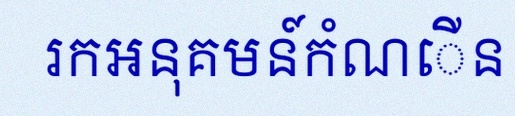
រកអនុគមន៍កំណើន